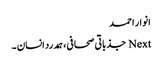
انوار احمد
Next جذباتی صحافی،ہمدرد انسان ۔